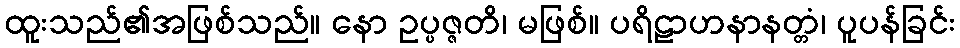
ထူးသည်၏အဖြစ်သည်။ နော ဥပ္ပဇ္ဇတိ၊ မဖြစ်။ ပရိဠာဟနာနတ္တံ၊ ပူပန်ခြင်း